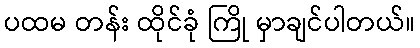
ပထမ တန်း ထိုင်ခုံ ကြို မှာချင်ပါတယ်။